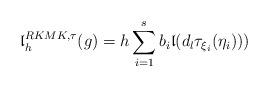
LaTeX: \begin{align*}{\mathfrak l}^{RKMK, \tau}_h(g)=h\sum_{i=1}^s b_i {\mathfrak l}(d_l\tau_{\xi_i}(\eta_i)))\end{align*}